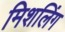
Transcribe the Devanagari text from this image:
मिशलिंग